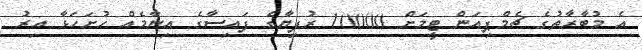
އެ މުބާރާތުގެ ޗެމްޕިއަން ޓީމަށް 10000 ރުފިޔާގެ ފައިސާގެ އިނާމެއް ހުށަހަޅާ އިރު